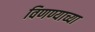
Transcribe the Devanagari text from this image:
विणण्याच्या